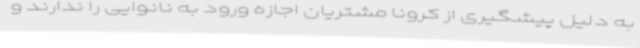
به دلیل پیشگیری از کرونا مشتریان اجازه ورود به نانوایی را ندارند و